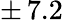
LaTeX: \pm\, 7.2